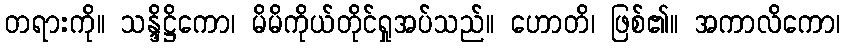
တရားကို။ သန္ဒိဋ္ဌိကော၊ မိမိကိုယ်တိုင်ရှုအပ်သည်။ ဟောတိ၊ ဖြစ်၏။ အကာလိကော၊